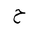
Letter: _ha